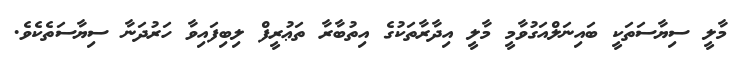
މާލީ ސިޔާސަތަކީ ބައިނަލްއަގުވާމީ މާލީ އިދާރާތަކުގެ އިތުބާރާ ތަޢުރީފް ލިބިފައިވާ ހަރުދަނާ ސިޔާސަތެކެވެ.